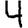
Digit: 4